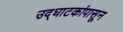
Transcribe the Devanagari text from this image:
उद्‌घाटकांपासून